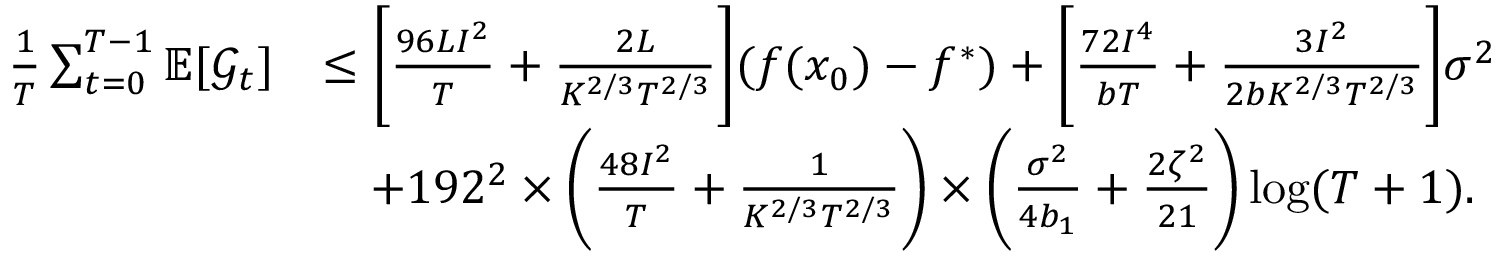
\begin{array} { r l } { \frac { 1 } { T } \sum _ { t = 0 } ^ { T - 1 } \mathbb { E } [ \mathcal { G } _ { t } ] } & { \leq \bigg [ \frac { 9 6 L I ^ { 2 } } { T } + \frac { 2 L } { K ^ { 2 / 3 } T ^ { 2 / 3 } } \bigg ] ( f ( x _ { 0 } ) - f ^ { \ast } ) + \bigg [ \frac { 7 2 I ^ { 4 } } { b T } + \frac { 3 I ^ { 2 } } { 2 b K ^ { 2 / 3 } T ^ { 2 / 3 } } \bigg ] \sigma ^ { 2 } } \\ & { \quad + 1 9 2 ^ { 2 } \times \bigg ( \frac { 4 8 I ^ { 2 } } { T } + \frac { 1 } { K ^ { 2 / 3 } T ^ { 2 / 3 } } \bigg ) \times \bigg ( \frac { \sigma ^ { 2 } } { 4 b _ { 1 } } + \frac { 2 \zeta ^ { 2 } } { 2 1 } \bigg ) \log ( T + 1 ) . } \end{array}